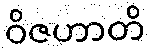
ဝိဇဟာတိ